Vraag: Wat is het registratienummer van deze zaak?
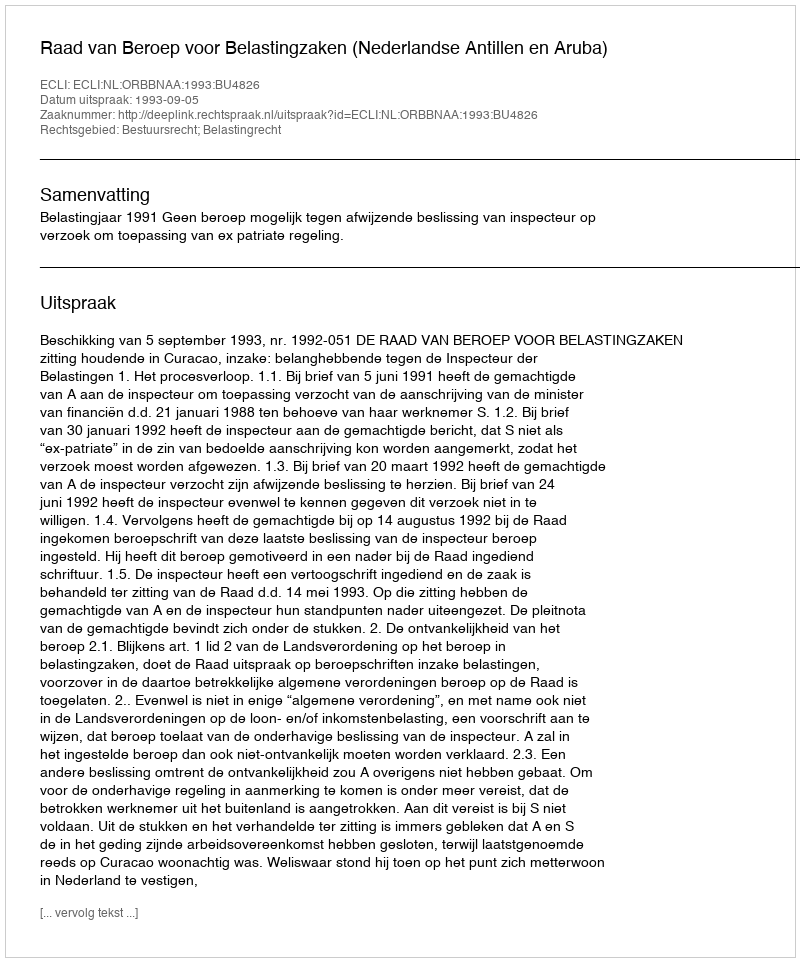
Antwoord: http://deeplink.rechtspraak.nl/uitspraak?id=ECLI:NL:ORBBNAA:1993:BU4826